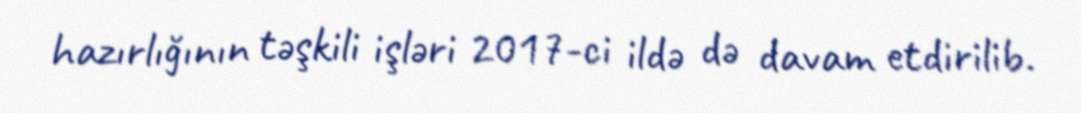
hazırlığının təşkili işləri 2017-ci ildə də davam etdirilib.